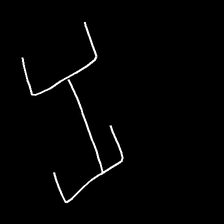
Glyph: entwine